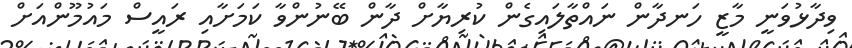
ވިދާޅުވަނީ މާޒީ ހަނދާން ނައްތާލައިގެން ކުރިޔާށް ދާން ބޭނުންވާ ކަމަށާއި ރައީސް މައުމޫންއަށް